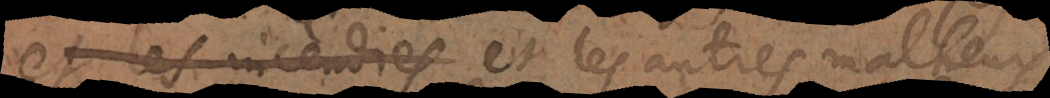
et les incendies et les autres malheur